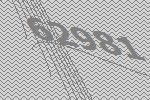
62981